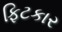
ફિટકાર